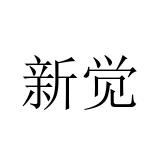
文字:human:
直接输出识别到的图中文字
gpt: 新觉